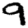
Digit: 9